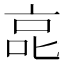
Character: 㖜